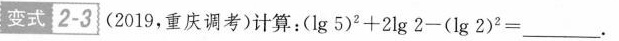
变式2-3 (2019，重庆调考)计算：$$( l g 5 ) ^ { 2 } + 2 l g 2 - ( 1 g 2 ) ^ { 2 } =___$$。